Leningradi_Edasi_toimetus, lk 239
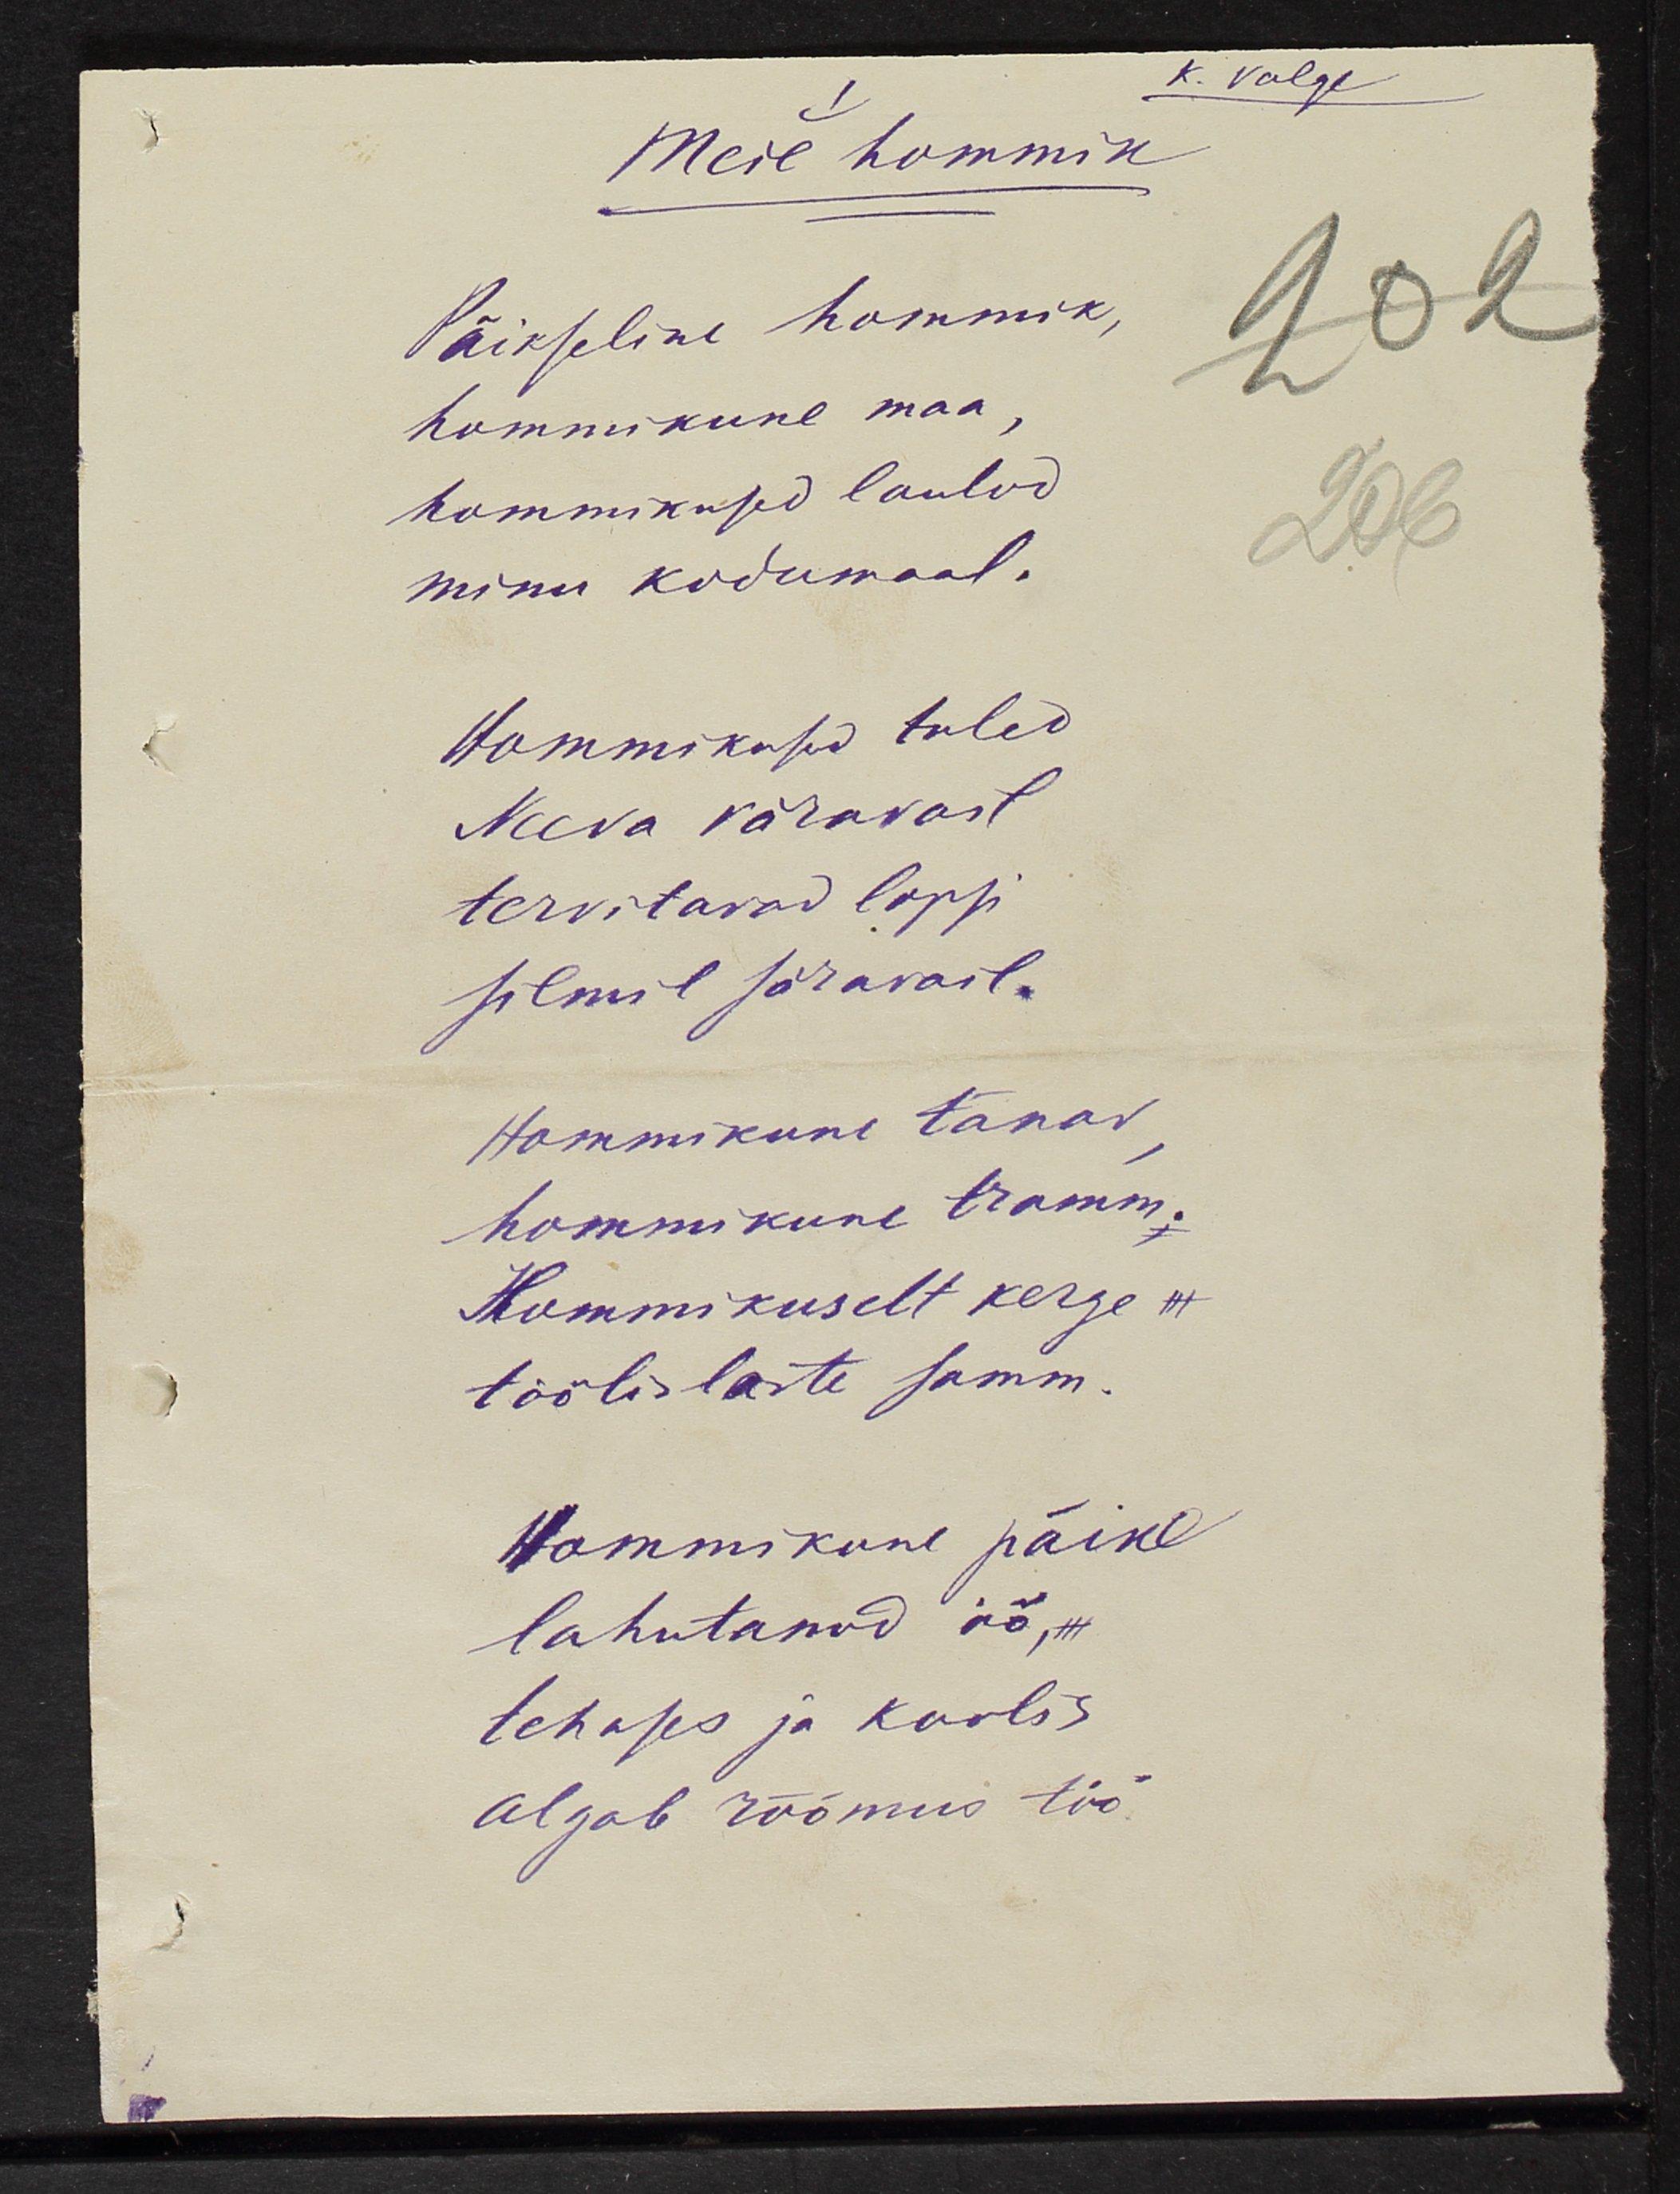
Meil hommik
Päikseline hommik,
hommikune maa,
hommikused laulud
minu kodumaal.
Hommikused tuled
Neeva väravast
tervitavad lapsi
silmil säravail.
Hommikune tänav
hommikune tramm.
Hommikuselt kerge
töölislaste samm.
Hommikune päike
lahutanud öö,
tehases ja koolis
algab rõõmus töö

K. Valge